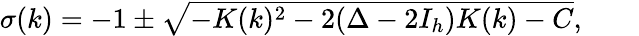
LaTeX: \begin{array}{rlr}{\sigma(k)=-1\pm\sqrt{-K(k)^{2}-2(\Delta-2I_{h})K(k)-C},}&{{}}&{}\end{array}